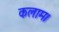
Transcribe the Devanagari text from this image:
कलाम।